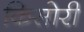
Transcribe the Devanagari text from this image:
किसोरी